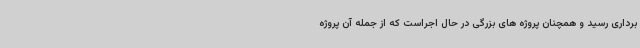
برداری رسید و همچنان پروژه های بزرگی در حال اجراست که از جمله آن پروژه